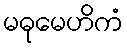
မဓုမေဟိကံ